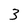
Character: 3